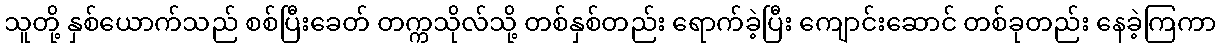
သူတို့ နှစ်ယောက်သည် စစ်ပြီးခေတ် တက္ကသိုလ်သို့ တစ်နှစ်တည်း ရောက်ခဲ့ပြီး ကျောင်းဆောင် တစ်ခုတည်း နေခဲ့ကြကာ